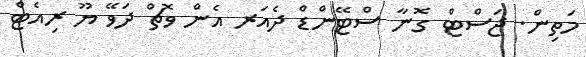
މަތިން. ޖަސްޓް ގޮނާ ސްޓޭންޑް ދެއަރ އެން ވޮޗް ދަވޭ ޔޫ ރިއެޓް